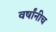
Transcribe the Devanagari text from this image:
वर्षांनीच